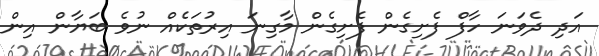
އަދި ދެވަނަ ހާފް ފެށިގެން ފެށިގެން މާގިނަ އިރުތަކެއް ނުވެ ބަޔާން އިން